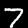
Label: 7